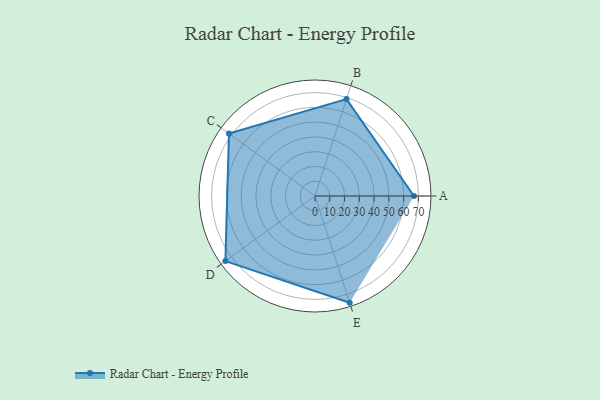
{"axis": {"x": "Skill", "y": "Score"}, "legend": ["Profile"], "data": [{"x": "A", "y": 67.0, "type": "Profile"}, {"x": "B", "y": 69.0, "type": "Profile"}, {"x": "C", "y": 72.0, "type": "Profile"}, {"x": "D", "y": 75.0, "type": "Profile"}, {"x": "E", "y": 76.0, "type": "Profile"}]}